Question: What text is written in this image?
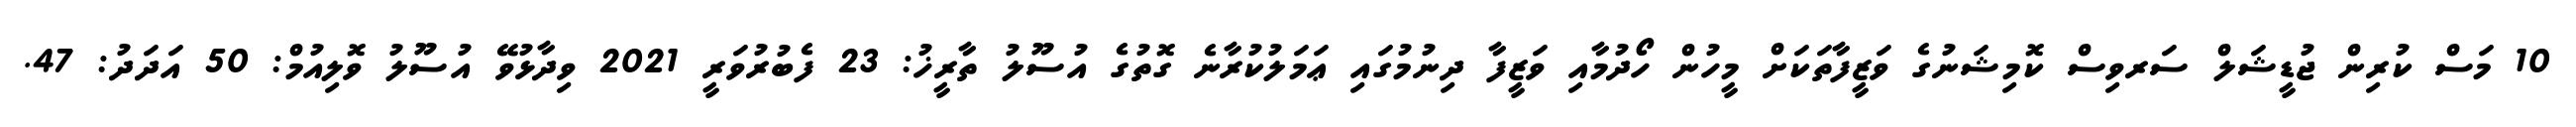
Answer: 10 މަސް ކުރިން ޖުޑީޝަލް ސަރވިސް ކޮމިޝަނުގެ ވަޒީފާތަކަށް މީހުން ހޯދުމާއި ވަޒީފާ ދިނުމުގައި ޢަމަލުކުރާނެ ގޮތުގެ އުސޫލު ތާރީޚު: 23 ފެބުރުވަރީ 2021 ވިދާޅުވޭ އުސޫލު ވޮލިއުމް: 50 އަދަދު: 47.